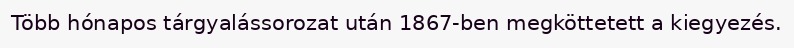
Több hónapos tárgyalássorozat után 1867-ben megköttetett a kiegyezés.